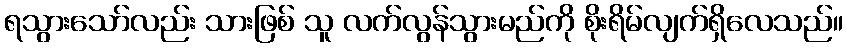
ရသွားသော်လည်း သားဖြစ် သူ လက်လွန်သွားမည်ကို စိုးရိမ်လျက်ရှိလေသည်။